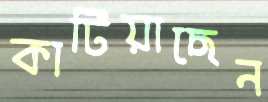
কাটিয়াছেন